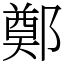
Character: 鄭